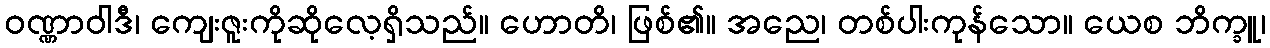
ဝဏ္ဏာဝါဒီ၊ ကျေးဇူးကိုဆိုလေ့ရှိသည်။ ဟောတိ၊ ဖြစ်၏။ အညေ၊ တစ်ပါးကုန်သော။ ယေစ ဘိက္ခူ၊